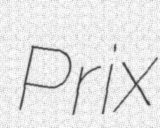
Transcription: Prix